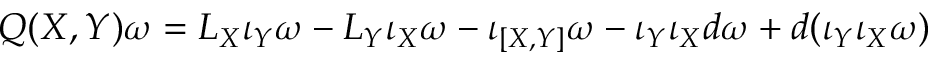
Q ( X , Y ) \omega = { \cal L } _ { X } \iota _ { Y } \omega - { \cal L } _ { Y } \iota _ { X } \omega - \iota _ { [ X , Y ] } \omega - \iota _ { Y } \iota _ { X } d \omega + d ( \iota _ { Y } \iota _ { X } \omega )